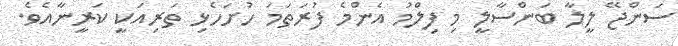
ސަންޖޭ ލީލާ ބަންސާލީ މި ފިލްމު އެންމެ ފުރަތަމަ ހުށަހެޅި ތަރިއަކީ ކަރީނާއެވެ.